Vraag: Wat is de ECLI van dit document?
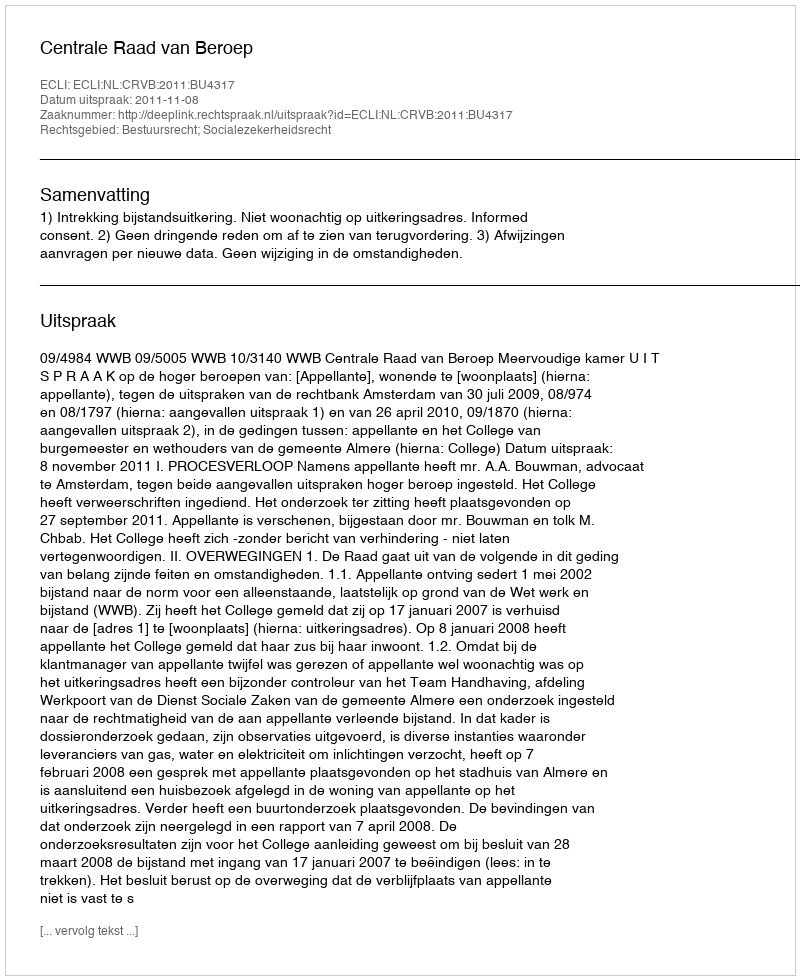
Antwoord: ECLI:NL:CRVB:2011:BU4317